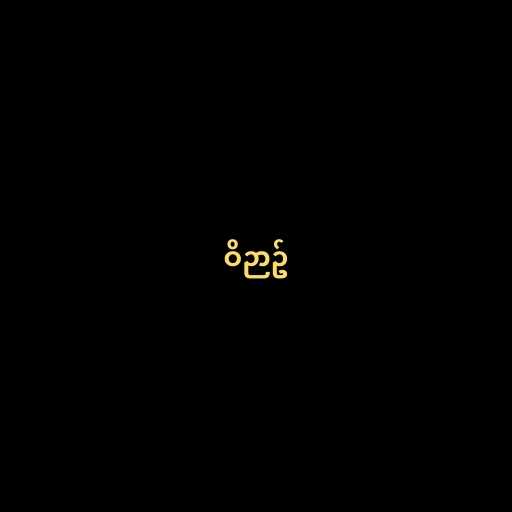
ဝိဉာဥ်